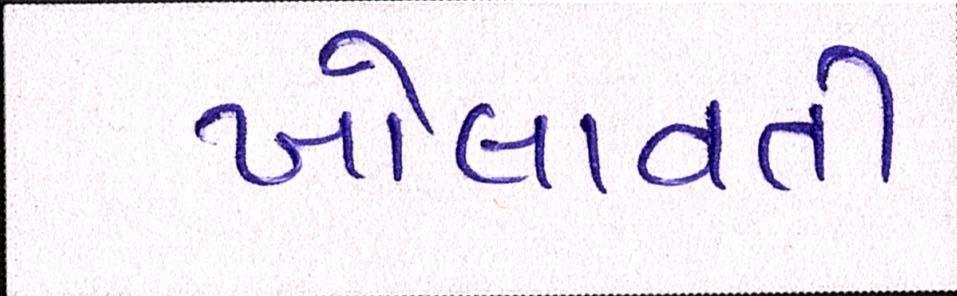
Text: ખોલાવતી